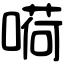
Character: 嗬